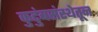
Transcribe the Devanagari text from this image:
कुटुंबसंस्थेतून